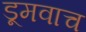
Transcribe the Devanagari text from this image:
डूमवाच